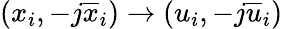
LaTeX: (x_{i},-j\overline{{x}}_{i})\rightarrow(u_{i},-j\overline{{u}}_{i})